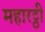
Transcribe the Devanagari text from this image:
महारट्ठी